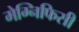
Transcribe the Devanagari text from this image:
मेग्निफिसी